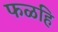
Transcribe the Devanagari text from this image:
फळहि